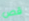
قص